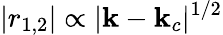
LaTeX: |r_{1,2}|\propto|\mathbf{k}-\mathbf{k}_{c}|^{1/2}